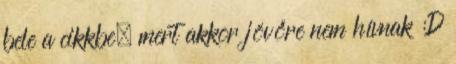
bele a cikkbe, mert akkor jövőre nem hívnak :D